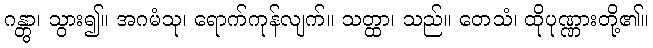
ဂန္တွာ၊ သွား၍။ အဂမံသု၊ ရောက်ကုန်လျက်။ သတ္ထာ၊ သည်။ တေသံ၊ ထိုပုဏ္ဏားတို့၏။